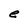
Character: e